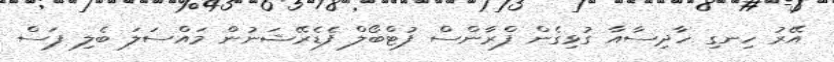
އޭރު ހިނގި ހާދިސާއާ ގުޅިގެން ފްރާންސް ފުޓްބޯލް ފެޑެރޭޝަނުން މައްސަލަ ބެލި ފަސް